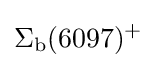
\Sigma _{\rm {b}}(6097)^{+}